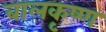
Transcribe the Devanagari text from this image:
बालकृष्‍ण